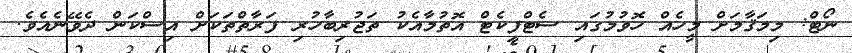
ނޯޓް: މިމަޤާމަށް މީހެއް ހޮވުމުގައި ސެޓްފިކެޓް އޮތުމާއެކު ތަޖުރިބާހުރި ފަރާތްތަކަށް އިސްކަން ދެވޭނެއެވެ.